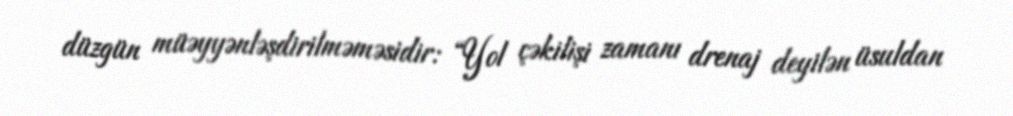
düzgün müəyyənləşdirilməməsidir: “Yol çəkilişi zamanı drenaj deyilən üsuldan